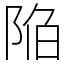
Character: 陥